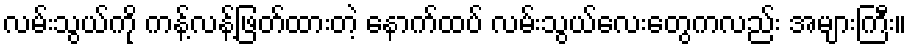
လမ်းသွယ်ကို ကန့်လန့်ဖြတ်ထားတဲ့ နောက်ထပ် လမ်းသွယ်လေးတွေကလည်း အများကြီး။